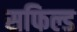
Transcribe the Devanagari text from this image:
सफिल्ड